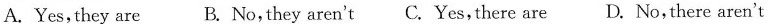
A.Yes,they are B. No,they aren't C.Yes,there are D. No, there aren't